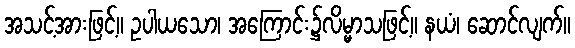
အသင့်အားဖြင့်။ ဥပါယသော၊ အကြောင်း၌လိမ္မာသဖြင့်။ နယံ၊ ဆောင်လျက်။